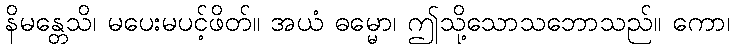
နိမန္တေသိ၊ မပေးမပင့်ဖိတ်။ အယံ ဓမ္မော၊ ဤသို့သောသဘောသည်။ ကော၊